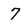
Character: 7